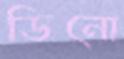
ডিনো